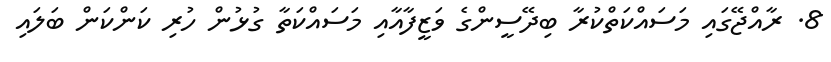
8. ރާއްޖޭގައި މަސައްކަތްކުރާ ބިދޭސީންގެ ވަޒީފާއާއި މަސައްކަތާ ގުޅުން ހުރި ކަންކަން ބަލައި